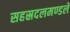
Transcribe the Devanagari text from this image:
सहस्रदलमण्डले